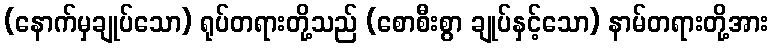
(နောက်မှချုပ်သော) ရုပ်တရားတို့သည် (စောစီးစွာ ချုပ်နှင့်သော) နာမ်တရားတို့အား